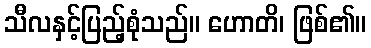
သီလနှင့်ပြည့်စုံသည်။ ဟောတိ၊ ဖြစ်၏။